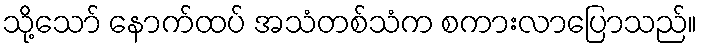
သို့သော် နောက်ထပ် အသံတစ်သံက စကားလာပြောသည်။